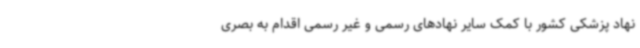
نهاد پزشکی کشور با کمک سایر نهادهای رسمی و غیر رسمی اقدام به بصری